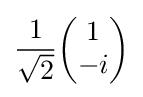
{\frac {1}{\sqrt {2}}}{\begin{pmatrix}1\\-i\end{pmatrix}}